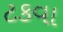
ટકવા